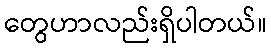
တွေဟာလည်းရှိပါတယ်။